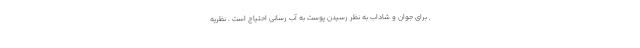
, برای جوان و شاداب به نظر رسیدن پوست به آب رسانی احتیاج است . نظریه